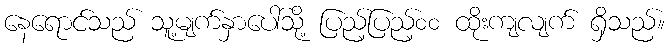
နေရောင်သည် သူ့မျက်နှာပေါ်သို့ ပြည့်ပြည့်၀၀ ထိုးကျလျက် ရှိသည်။